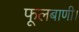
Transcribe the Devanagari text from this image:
फूलबाणी।